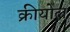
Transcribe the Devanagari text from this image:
क्रीयोल